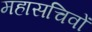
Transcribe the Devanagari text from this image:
महासचिवों